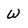
Character: W